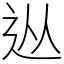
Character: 𨑹